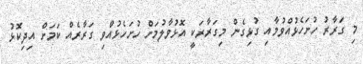
މި ގަރާރު ހުށަހެޅުއްވުމާއި ގުޅިގެން މިގަރާރަކީ އޮޅުވާލުމަށް ހުށަހެޅުއްވި ގަރާރެއް ކަމަށް އިދިކޮޅު